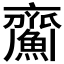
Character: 𩹵